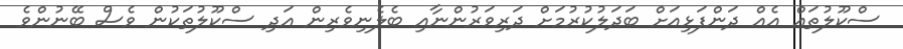
ސްކޫލުތައް އެއް ދަންފަޅިއަށް ބަދަލުކުރުމަށް ދަރިވަރުންނާއި ބެލެނިވެރިން އަދި ސްކޫލުތަކުން ވެސް ބޭނުންވެ